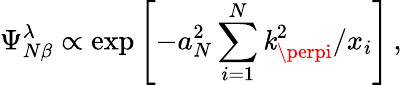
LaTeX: \Psi_{N\beta}^{\lambda}\propto\exp{\left[-a_{N}^{2}\sum_{i=1}^{N}\mathit{k}_{\perpi}^{2}/x_{i}\right]}\, ,